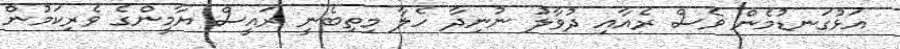
އަޅުގަނޑުމެން ވެސް ރެއާއި ދުވާލު ނުނިދާ ހެލާ މިތިބެނީ ރައީސް ޔާމީންގެ ވެރިކަމުން